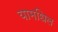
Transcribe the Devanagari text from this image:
यामधिल